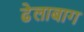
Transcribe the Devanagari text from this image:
ढेलाबाग